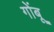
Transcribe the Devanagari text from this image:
गोंबू